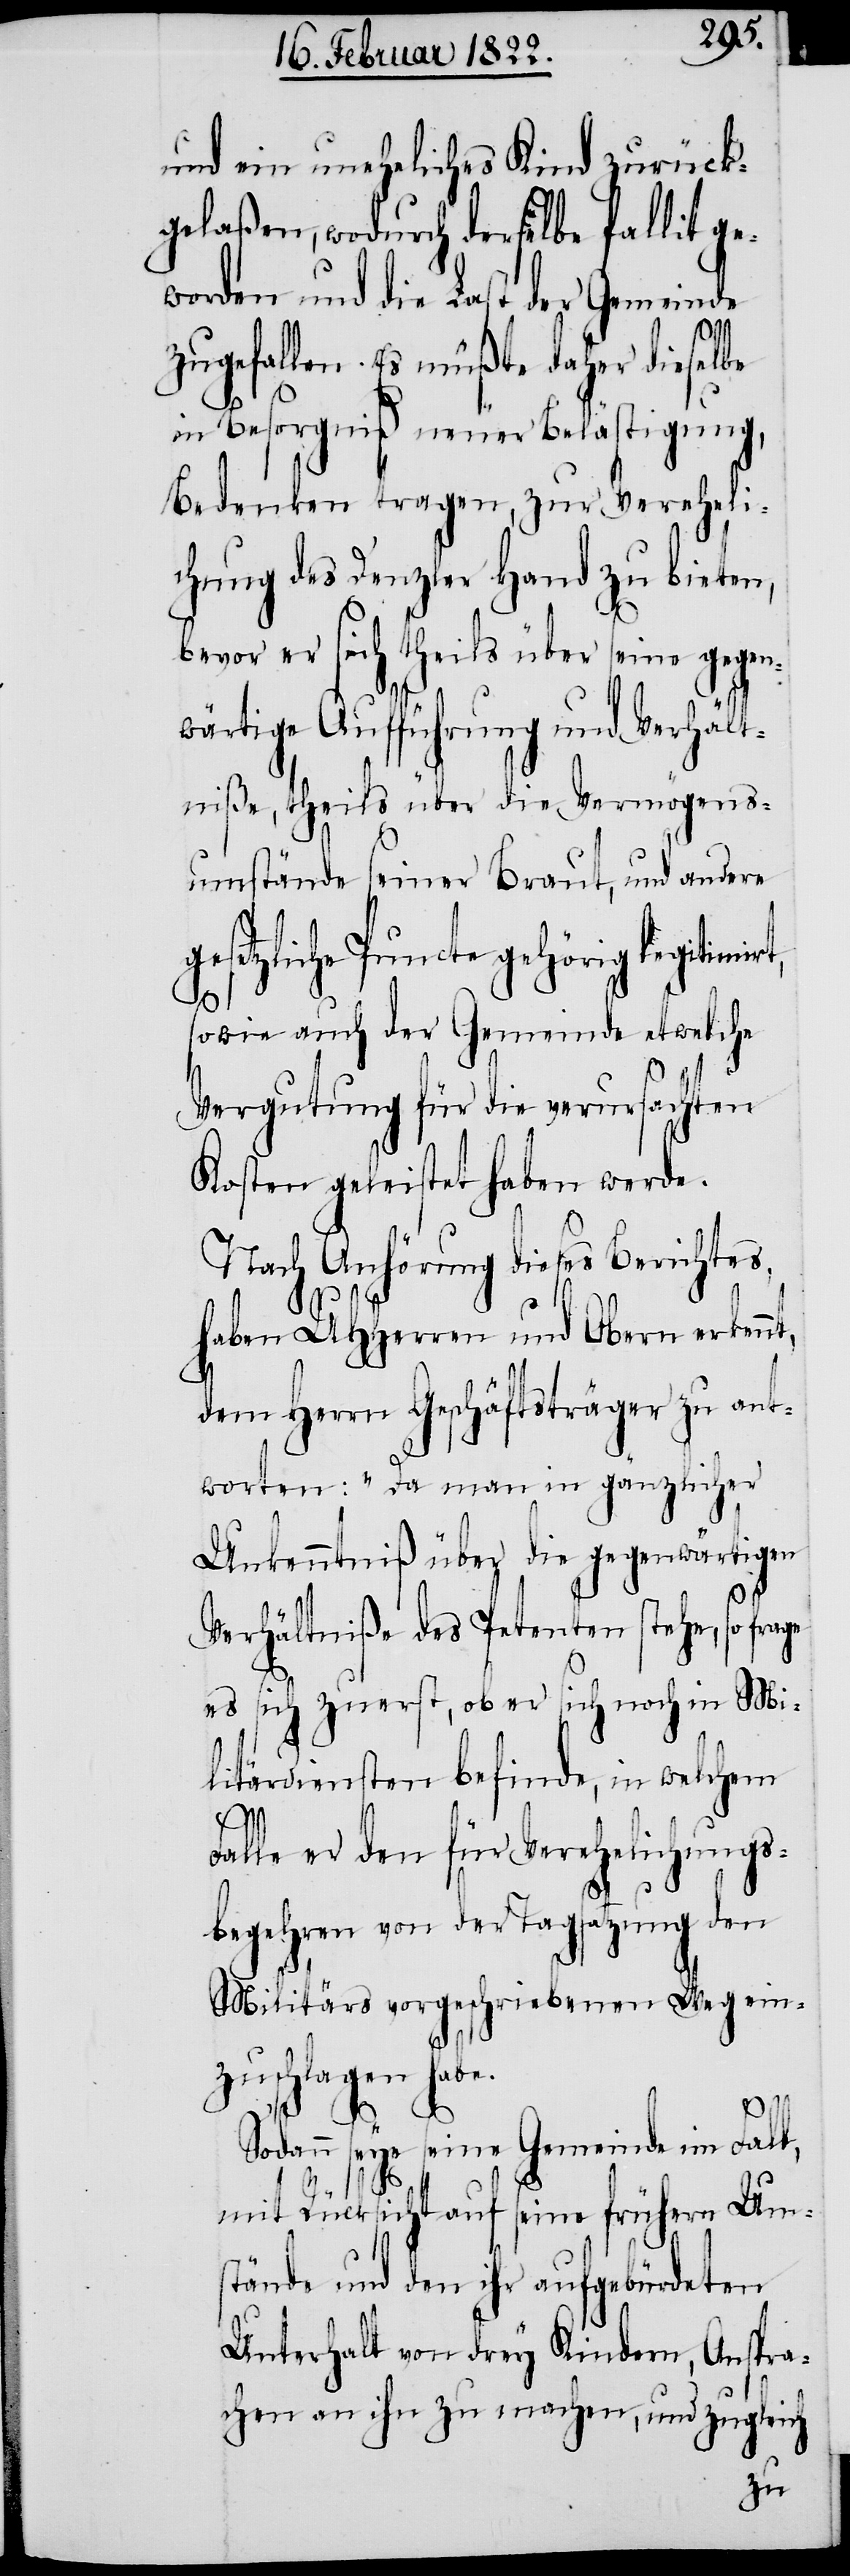
und ein uneheliches Kind zurück¬
gelaßen, wodurch derselbe fallit ge¬
worden und die Last der Gemeinde
zugefallen. Es müßte daher dieselbe
in Besorgniß neuer Belästigung,
Bedenken tragen, zu Vereheli¬
chung des Denzler Hand zu bieten,
bevor er sich theils über seine gege¬
nwärtige Aufführung und Verhält¬
niße, theils über die Vermögens¬
umstände seiner Braut, und andere
gesetzliche Puncte gehörig
sowie auch der Gemeinde etwelche
Vergutung für die verursachten
Kosten geleistet haben werde.
Nach Anhörung dieses Berichtes,
haben UHHerren und Obern erkenn¬
dem Herrn Geschäftsträger zu ant¬
worten: „Da man in gänzlicher
Unkenntniß über die gegenwärtigen
Verhältniße des Petenten stehe, so fra¬
es sich zuerst, ob er sich noch in Mi¬
litärdiensten befinde, in welchem
alle er den für Verehelichungs¬
begehren von der Tagsatzung den
Militärs vorgeschriebenen Weg ein¬
zuschlagen hab¬
e.
Sodann seye seine Gemeinde im Fall,
F¬
mit Rücksicht auf seine frühern Ums¬
tände und den ihr aufgebürdeten
Unterhalt von drey Kindern, Anspra¬
chen an ihn zu machen, und zugleich